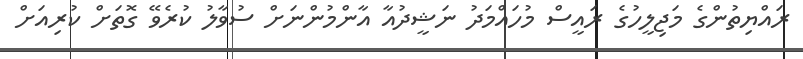
ރައްޔިތުންގެ މަޖިލީހުގެ ރައީސް މުހައްމަދު ނަޝީދުއާ އާންމުންނަށް ސުވާލު ކުރެވޭ ގޮތަށް ކުރިއަށް